Scottish Certificate of Education, 1962
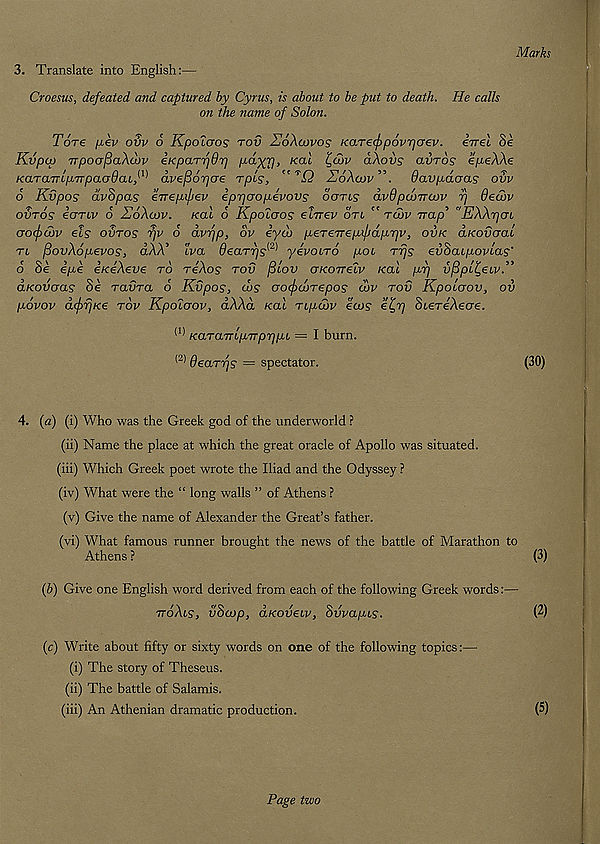
Marks
3. Translate into English:—
Croesus, defeated and captured by Cyrus, is about to be put to death. He calls
on the name of Solon.
Tore fji€v ovv 6 Kpolaos rod UoXcovos KaTe^povrjcrev. eirel Se
Kvpcp TTpoajSaXdiv iKparfjdr] pa-XV’ Kai
Q-Xovs clvtos epeXXe
KaTaTTip-TTpacjOai}^ avefiorjcre rpls,
U6Xcov , \ Oavpdoas ovv
6 Kvpos dvSpas eTrepifiev ippaopevovs ogtls dvdpojTnov fj dedbv
OVTOS €OTLV 6 UoXcOV. KCtl 6 KpOLCTOS eiTTCV OTL TCOV TTap' "EXXrjaL
cro(f)d)v eis ovros r]v 6 dvfjp, ov eyco peTeTrepifidprjv, ovk aKovaai
tl fiovXopevos, aAA’ tVa Oearps 1 ' 2^ yevocro pot rrjs evScupovcas'
o oe 6jL66 eKeAeve to tcAos tov ptov gkottelv kou pi] vppi^eiv.
dhcovoas Se ravra 6 Kvpos, cos croc/xjOTepos dov tov Kpoccrov, ov
povov dcf>rjKe tov Kpolaov, dXXd Kal Tipoov ea>s et^Tj StereAecre.
KaTaTTLpvprjpL — I burn.
<2) deaTTjs = spectator.
(30)
4. {a) (i) Who was the Greek god of the underworld ?
(ii) Name the place at which the great oracle of Apollo was situated.
(iii) Which Greek poet wrote the Iliad and the Odyssey ?
(iv) What were the “ long walls ” of Athens ?
(v) Give the name of Alexander the Great’s father.
(vi) What famous runner brought the news of the battle of Marathon to
Athens ?
(3)
(b) Give one English word derived from each of the following Greek words:—
ttoXls, vSoop, aKovecv, Svvapis.
(2)
(c) Write about fifty or sixty words on one of the following topics:—
(i) The story of Theseus.
(ii) The battle of Salamis.
(iii) An Athenian dramatic production.
(5)
Page two